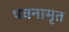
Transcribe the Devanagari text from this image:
पवनामृत